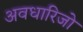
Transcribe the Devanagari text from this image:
अवधारिजो